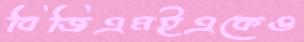
বিজিএমইএকেও